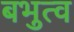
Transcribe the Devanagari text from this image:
बभुत्व